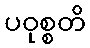
ပဝုစ္စတိ